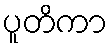
ပူတိကာ